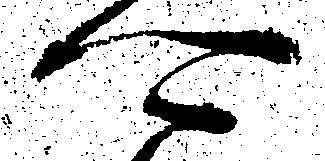
可